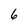
Character: 6